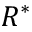
R ^ { * }